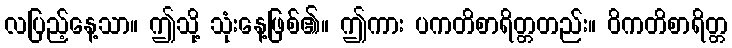
လပြည့်နေ့သာ။ ဤသို့ သုံးနေ့ဖြစ်၏။ ဤကား ပကတိစာရိတ္တတည်း။ ဝိကတိစာရိတ္တ